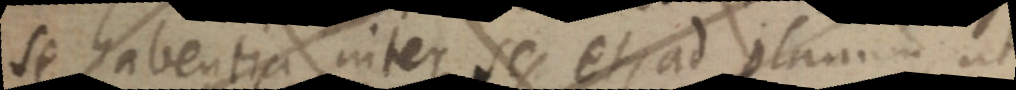
se habentia inter se et, ad planum ut